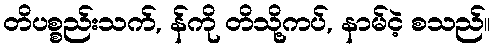
တိပစ္စည်းသက်, န်ကို တိသို့ကပ်, နာမ်ငဲ့ စသည်။